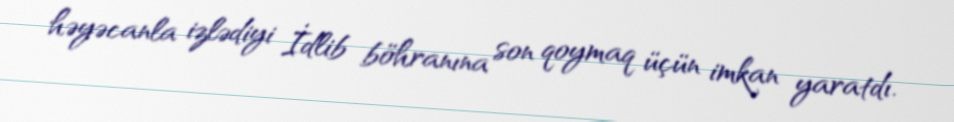
həyəcanla izlədiyi İdlib böhranına son qoymaq üçün imkan yaratdı.